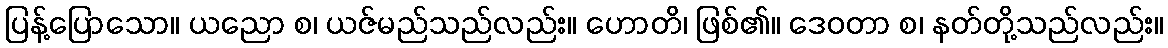
ပြန့်ပြောသော။ ယညော စ၊ ယဇ်မည်သည်လည်း။ ဟောတိ၊ ဖြစ်၏။ ဒေဝတာ စ၊ နတ်တို့သည်လည်း။